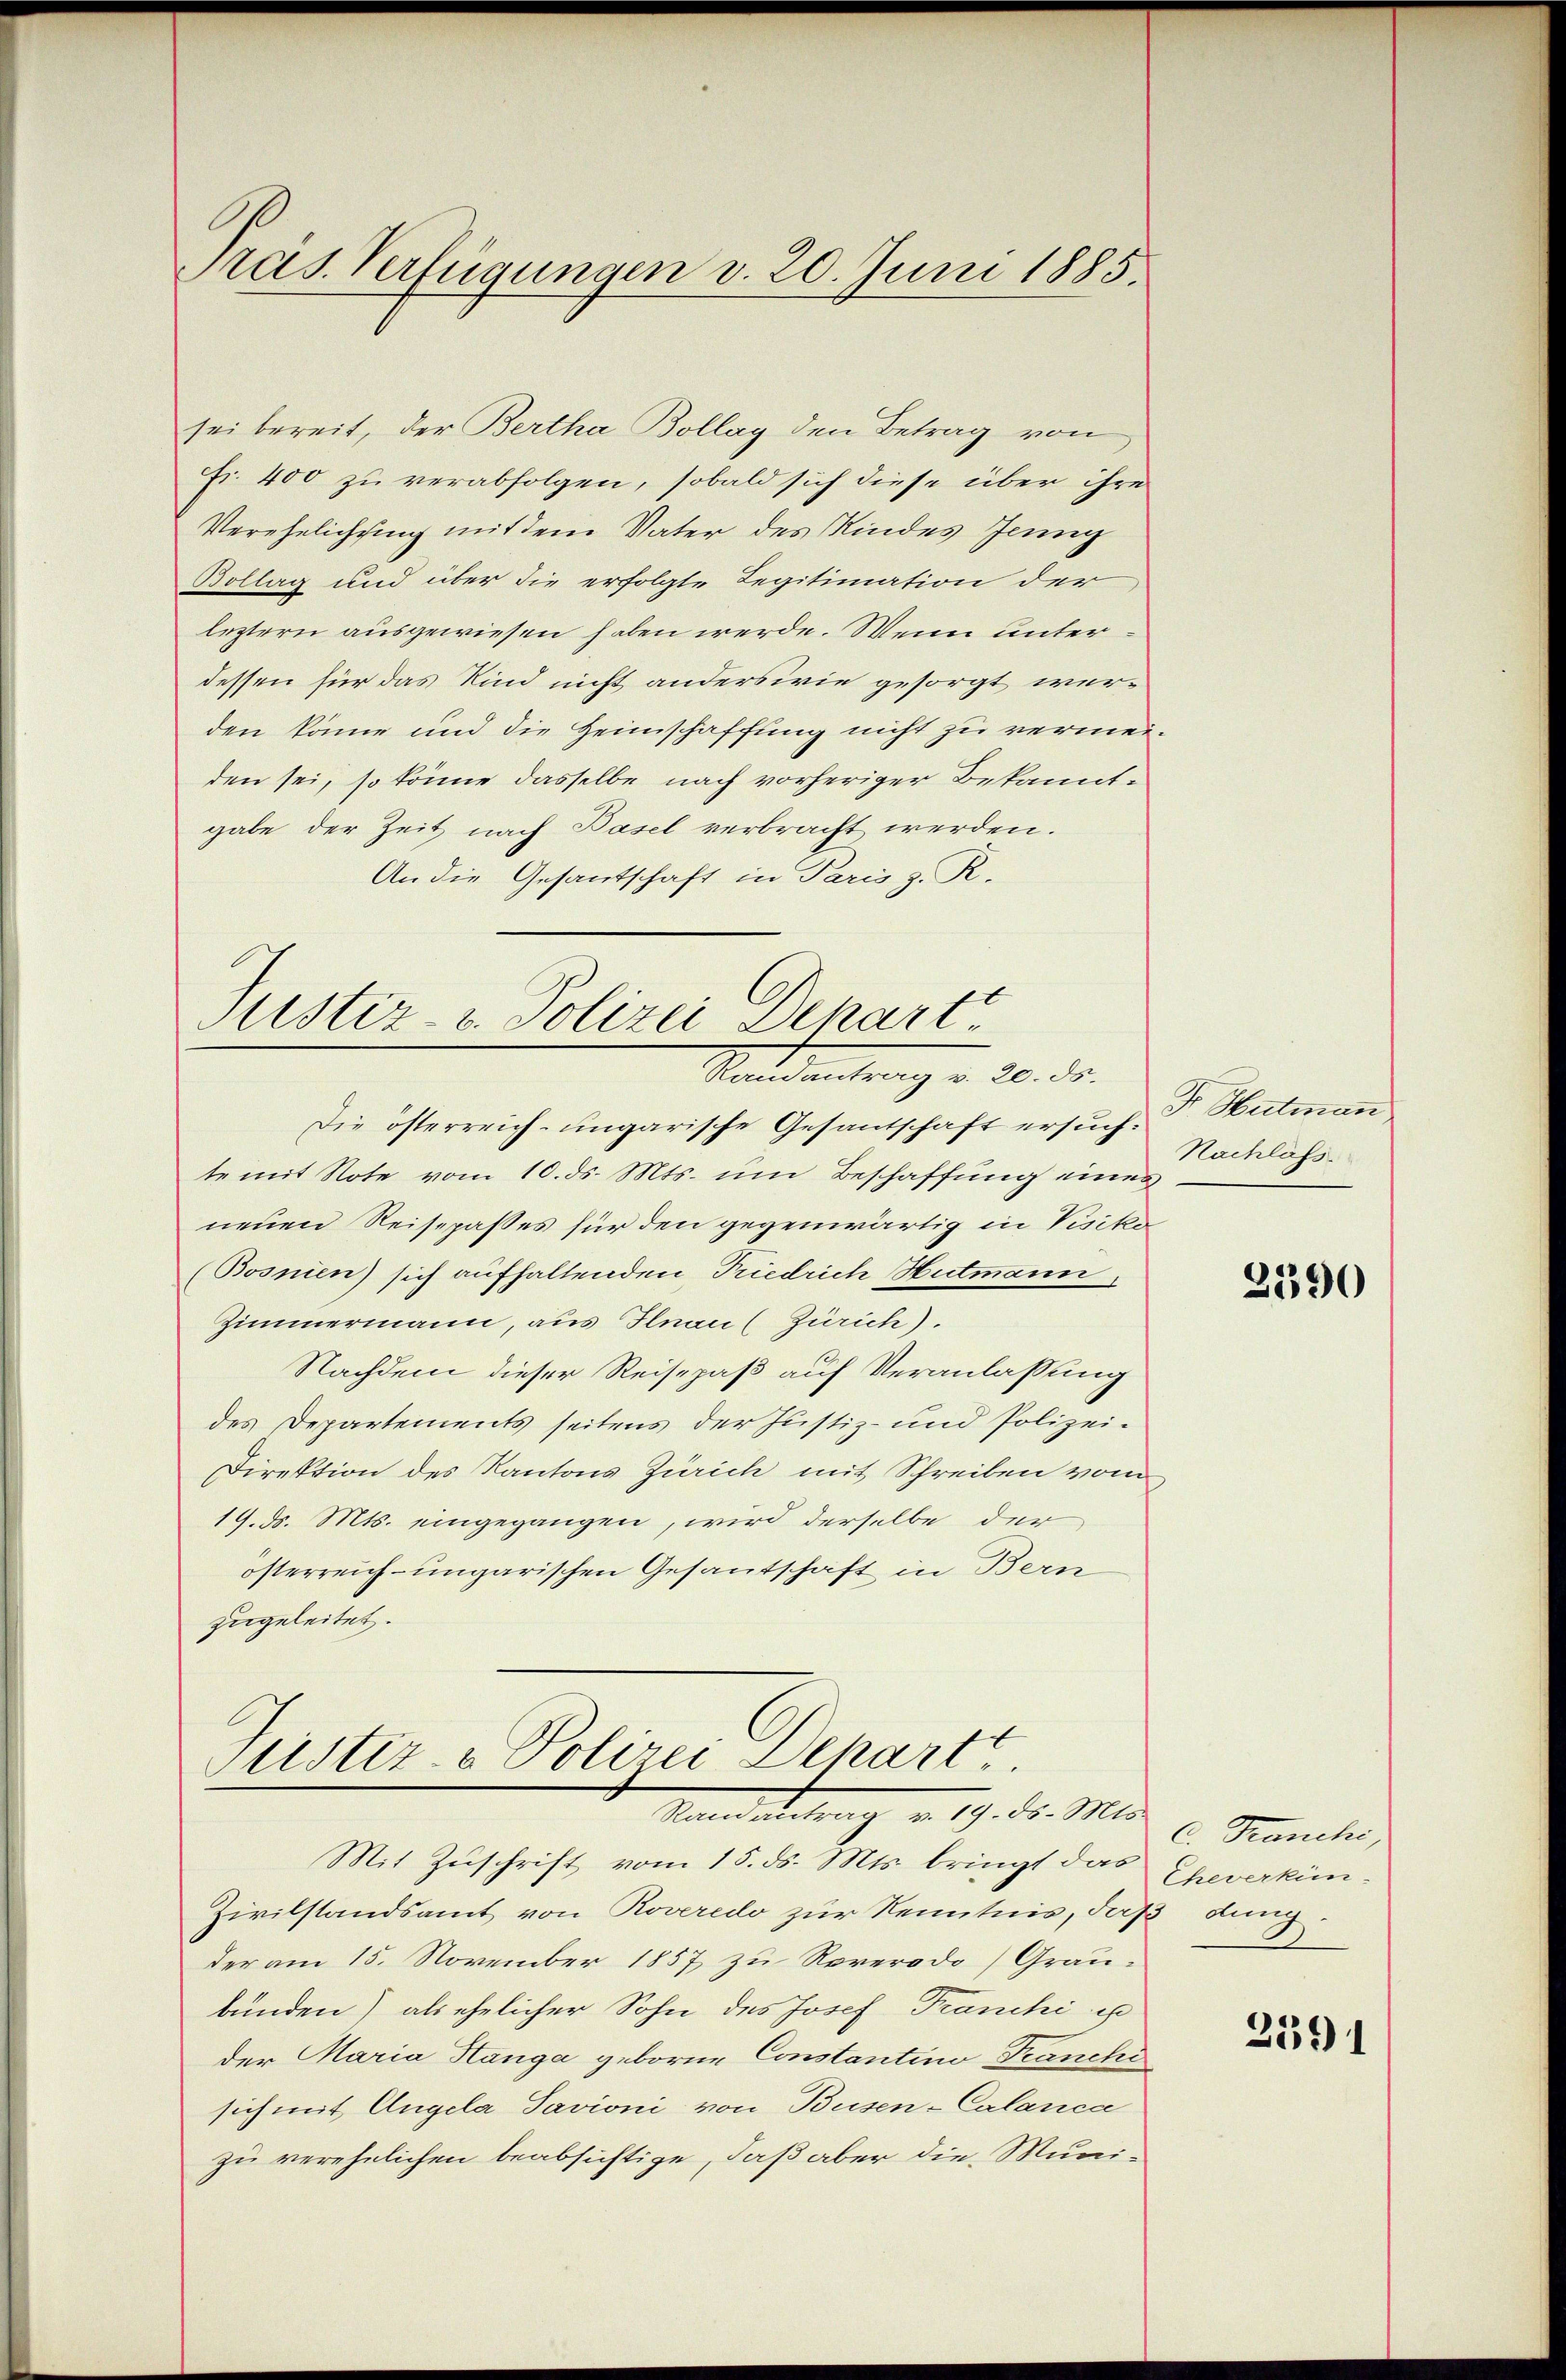
Pras. Verfügungen v. 20. Juni 1885.

sei bereit, der Bertha Bollag den Betrag von
fr. 400 zu verabfolgen, sobald sich diese über ihre
Verehelichung mit dem Vater des Kindes Jenny
Bollag und über die erfolgte Legitimation der
leztern ausgewiesen haben werde. Wenn unterdessen für das Kind nicht anderswie gesorgt werden könne und die Heimschaffung nicht zu vermeiden sei, so könne dasselbe nach vorheriger Bekanntgabe der Zeit nach Basel verbracht werden.
An die Gesantschaft in Paris z. R.

Justiz- u. Polizei Dekart
Standentrag v. 20. ds.
Die österreich-ungarische Gesantschaft ersuch¬

te mit Note vom 10. ds. Mts. um Beschaffung eines
neuen Reisepasses für den gegenwärtig in Visiko
(Bosnien) sich aufhaltenden Friedrich Hutmann
Zimmermann, aus Ilnau (Zürich).
Nachdem dieser Reisepaß auf Veranlassung
des Departements seitens der Justiz- und Polizei¬
Direktion des Kantons Zürich mit Schreiben vom
19. d. Mts. eingegangen, wird derselbe der
österreich-ungarischen Gesantschaft in Bern
zugeleitet.

Justiz- & Polizei Dehartt
Mandanten u. 19. ds. Mts. v. Franche

Mit Zŭschrift vom 15. ds. Mts. bringt das Eheverkün-
Zivilstandsamt von Roveredo zur Kenntnis, daß dung
der am 15. November 1857 zu Roverodo) Graubunden) als ehelicher Sohn des Josef Franchi ist
der Maria Hanga geborne Constantino Tranchi
sich mit Angela Savioni von Busen-Calanca
zu verehelichen beabsichtige, daß aber die Muni¬

Fr Hutman
Nachlass.

2390

2591